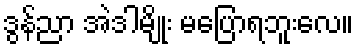
ဒွန်ညာ အဲဒါမျိုး မပြောရဘူးလေ။